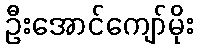
ဦးအောင်ကျော်မိုး